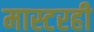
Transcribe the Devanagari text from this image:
मास्टरही